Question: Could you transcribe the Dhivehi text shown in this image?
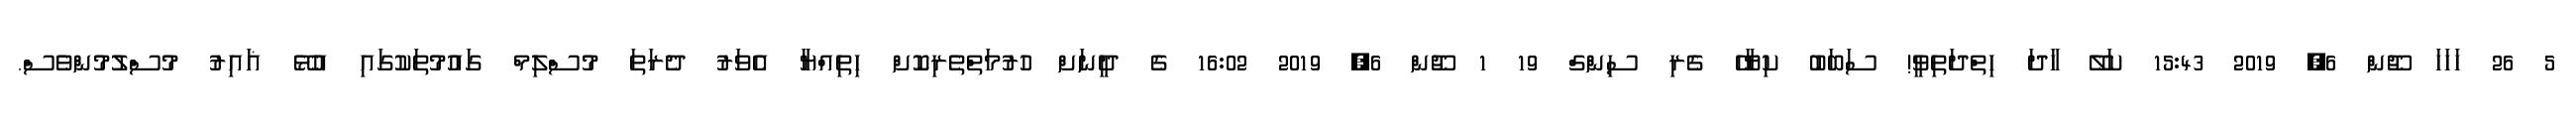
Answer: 5 26 ހަހަހަ ޖޫން 6, 2019 15:43 ކަލޭ ހާދަ ހިތްދަތިވީ! ސަބަބު ކިޔާހޭ ގެރި ސިންގް 19 1 ޖޫން 6, 2019 16:02 ގެ ދީނަށް ހުރުމަތްތެރިކޮށް ހިތިއްޔާ އެވަރު ދެރަތަ މުސްލިމް ގައުމުތަކުގައި އުޅޭ ޣައިރު މުސްލުމުންވެސް.